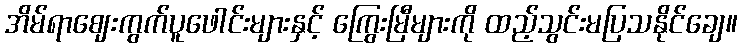
အိမ်ရာဈေးကွက်ပူဖေါင်းများနှင့် ကြွေးမြီများကို ထည့်သွင်းမပြသနိုင်ချေ။